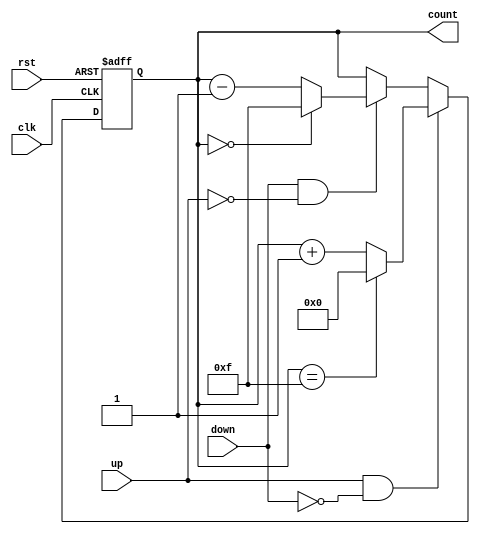
module up_down_counter (
    input wire clk,          // Clock signal
    input wire rst,          // Asynchronous reset signal
    input wire up,           // Control signal to count up
    input wire down,         // Control signal to count down
    output reg [n-1:0] count // n-bit output representing the current count
);
    parameter n = 4; // Define the bit width of the counter (4-bit in this case)

    // Maximum value for an n-bit counter
    localparam MAX_COUNT = (1 << n) - 1; // 2^n - 1

    always @(posedge clk or posedge rst) begin
        if (rst) begin
            count <= 0; // Reset the counter to 0
        end else begin
            if (up && !down) begin
                // Increment the count, with overflow handling
                count <= (count == MAX_COUNT) ? 0 : count + 1;
            end else if (down && !up) begin
                // Decrement the count, with underflow handling
                count <= (count == 0) ? MAX_COUNT : count - 1;
            end
            // If both up and down are low, retain the current value
        end
    end
endmodule